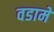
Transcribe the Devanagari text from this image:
वडामे